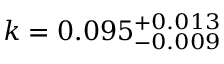
k = 0 . 0 9 5 _ { - 0 . 0 0 9 } ^ { + 0 . 0 1 3 }